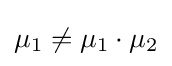
{\textstyle \mu _{1}\neq \mu _{1}\cdot \mu _{2}}